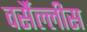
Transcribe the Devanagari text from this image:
वर्सैल्लीस